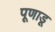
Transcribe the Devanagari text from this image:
पूणाडू